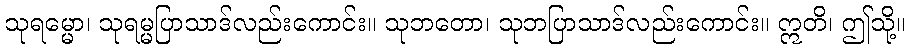
သုရမ္မော၊ သုရမ္မပြာသာဒ်လည်းကောင်း။ သုဘတော၊ သုဘပြာသာဒ်လည်းကောင်း။ ဣတိ၊ ဤသို့။